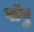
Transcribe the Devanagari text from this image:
पॉपु